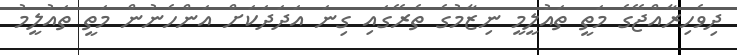
ދިވެހިރާއްޖޭގެ މަތީ ތައުލީމީ ނިޒާމުގެ ތެރޭގައި ގިނަ އަދަދަކަށް އަންހެނުން މަތީ ތައުލީމު